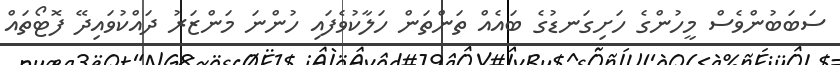
ސަބަބުންވެސް މީހުންގެ ހަށިގަނޑުގެ ބައެއް ތަންތަން ހަލާކުވެފައި ހުންނަ މަންޒަރު ދައްކުވައިދޭ ފޮޓޯތައް